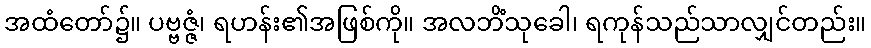
အထံတော်၌။ ပဗ္ဗဇ္ဇံ၊ ရဟန်း၏အဖြစ်ကို။ အလဘိံသုခေါ၊ ရကုန်သည်သာလျှင်တည်း။